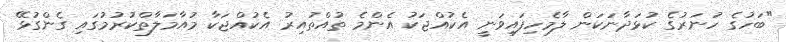
"ބަހުގެ ހުނަރުގެ ކުޅަދާނަކަން ލާމެހިފައިވަނީ އެކުއްޖަކު އެންމެ ތުއްތުއިރު އެކުއްޖަކާ މުއާމަލާތްކުރުމުގައި ގެންގުޅޭ